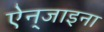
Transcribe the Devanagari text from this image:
ऐन्‌जाइना